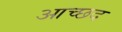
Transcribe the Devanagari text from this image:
आच्छद